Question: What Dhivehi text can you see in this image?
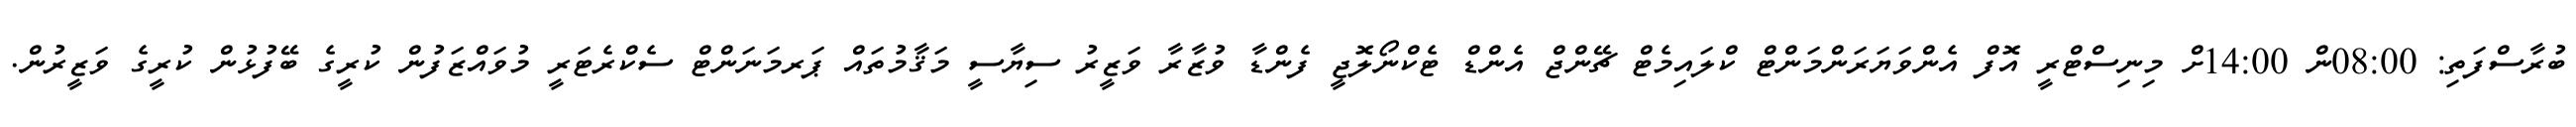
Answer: ބުރާސްފަތި: 08:00ން 14:00ށް މިނިސްޓްރީ އޮފް އެންވަޔަރަންމަންޓް ކްލައިމެޓް ޗޭންޖް އެންޑް ޓެކްނޯލޮޖީ ފެންޑާ ވުޒާރާ ވަޒީރު ސިޔާސީ މަޤާމުތައް ޕަރމަނަންޓް ސެކްރެޓަރީ މުވައްޒަފުން ކުރީގެ ބޭފުޅުން ކުރީގެ ވަޒީރުން.